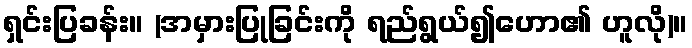
ရှင်းပြခန်း။ (အမှားပြုခြင်းကို ရည်ရွယ်၍ဟော၏ ဟူလို)။